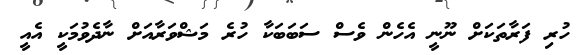
ހުރި ފަރާތަކަށް ނޫނީ އެހެން ވެސް ސަބަބަކާ ހުރެ މަޝްވަރާއަށް ނާދެވުމަކީ އެއީ